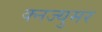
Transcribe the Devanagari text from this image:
क्नज्युमर